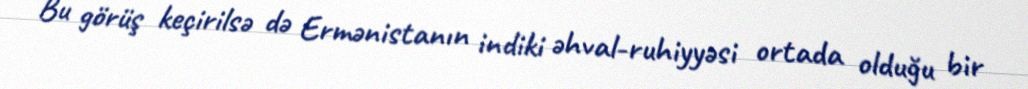
Bu görüş keçirilsə də Ermənistanın indiki əhval-ruhiyyəsi ortada olduğu bir